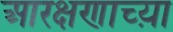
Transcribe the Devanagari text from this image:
आरक्षणाच्य़ा